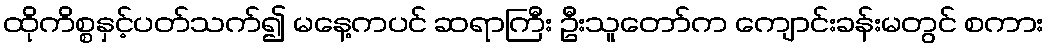
ထိုကိစ္စနှင့်ပတ်သက်၍ မနေ့ကပင် ဆရာကြီး ဦးသူတော်က ကျောင်းခန်းမတွင် စကား